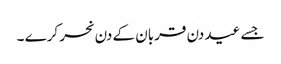
جسے عید دن قربان کے دن نحر کرے ۔